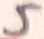
Text: 5